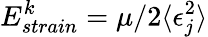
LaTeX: E_{strain}^{k}=\mu/2\langle\epsilon_{j}^{2}\rangle